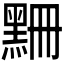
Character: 𪑃